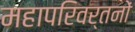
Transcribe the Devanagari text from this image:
महापरिवर्तनों